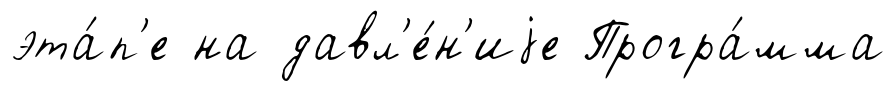
эта́п'е на давл'е́н'иjе Програ́мма